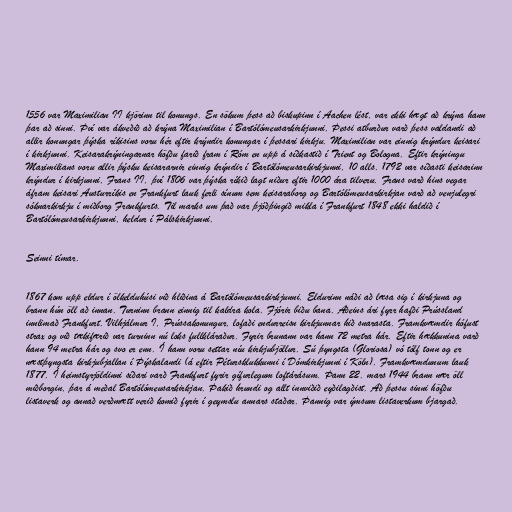
1556 var Maximilian II kjörinn til konungs. En sökum þess að biskupinn í Aachen lést, var ekki hægt að krýna hann
þar að sinni. Því var ákveðið að krýna Maximilian í Bartólómeusarkirkjunni. Þessi atburður varð þess valdandi að
allir konungar þýska ríkisins voru hér eftir krýndir konungar í þessari kirkju. Maximilian var einnig krýndur keisari
í kirkjunni. Keisarakrýningarnar höfðu farið fram í Róm en upp á síðkastið í Trient og Bologna. Eftir krýningu
Maximilians voru allir þýsku keisararnir einnig krýndir í Bartólómeusarkirkjunni, 10 alls. 1792 var síðasti keisarinn
krýndur í kirkjunni, Frans II, því 1806 var þýska ríkið lagt niður eftir 1000 ára tilveru. Frans varð hins vegar
áfram keisari Austurríkis en Frankfurt lauk ferli sínum sem keisaraborg og Bartólómeusarkirkjan varð að venjulegri
sóknarkirkju í miðborg Frankfurts. Til marks um það var þjóðþingið mikla í Frankfurt 1848 ekki haldið í
Bartólómeusarkirkjunni, heldur í Pálskirkjunni.

Seinni tímar.

1867 kom upp eldur í ölkelduhúsi við hliðina á Bartólómeusarkirkjunni. Eldurinn náði að læsa sig í kirkjuna og
brann hún öll að innan. Turninn brann einnig til kaldra kola. Fjórir biðu bana. Aðeins ári fyrr hafði Prússland
innlimað Frankfurt. Vilhjálmur I, Prússakonungur, lofaði endurreisn kirkjunnar hið snarasta. Framkvæmdir hófust
strax og við tækifærið var turninn nú loks fullkláraður. Fyrir brunann var hann 72 metra hár. Eftir hækkunina varð
hann 94 metra hár og svo er enn. Í hann voru settar níu kirkjubjöllur. Sú þyngsta (Gloriosa) vó tólf tonn og er
næstþyngsta kirkjubjallan í Þýskalandi (á eftir Pétursklukkunni í Dómkirkjunni í Köln). Framkvæmdunum lauk
1877. Í heimstyrjöldinni síðari varð Frankfurt fyrir gífurlegum loftárásum. Þann 22. mars 1944 brann nær öll
miðborgin, þar á meðal Bartólómeusarkirkjan. Þakið hrundi og allt innviðið eyðilagðist. Að þessu sinni höfðu
listaverk og annað verðmætt verið komið fyrir í geymslu annars staðar. Þannig var ýmsum listaverkum bjargað.